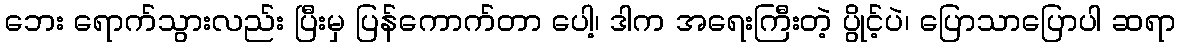
ဘေး ရောက်သွားလည်း ပြီးမှ ပြန်ကောက်တာ ပေါ့၊ ဒါက အရေးကြီးတဲ့ ပွိုင့်ပဲ၊ ပြောသာပြောပါ ဆရာ